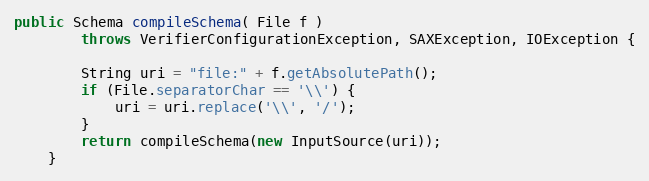
Language: Java
public Schema compileSchema( File f )
		throws VerifierConfigurationException, SAXException, IOException {

		String uri = "file:" + f.getAbsolutePath();
		if (File.separatorChar == '\\') {
			uri = uri.replace('\\', '/');
		}
        return compileSchema(new InputSource(uri));
	}